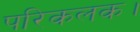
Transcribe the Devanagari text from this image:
परिकलक।